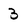
Character: 3